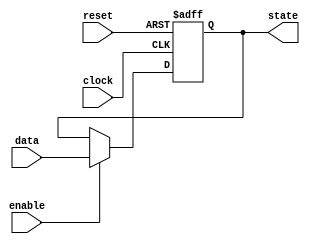
module flip_flop (
    input data,
    input clock,
    input reset,
    input enable,
    output reg state
);

always @(posedge clock or posedge reset)
begin
    if (reset)
        state <= 0;
    else if (enable)
        state <= data;
end

endmodule